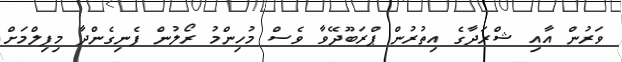
ވަރުން އާއި ޝްރަދާގެ އިތުރުން ޕްރަބޫދޭވާ ވެސް މުހިންމު ރޯލުން ފެނިގެންދާ މިފިލްމަށް